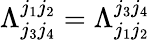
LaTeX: \Lambda_{j_{3}j_{4}}^{j_{1}j_{2}}=\Lambda_{j_{1}j_{2}}^{j_{3}j_{4}}